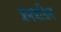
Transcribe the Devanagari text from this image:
प्रजन्नशिल